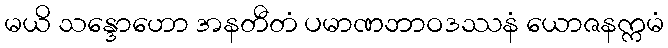
မယိ သန္ဒောဟော အနတီတံ ပမာဏဘာဝဒဿနံ ယောဇနက္ကမံ